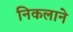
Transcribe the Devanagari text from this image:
निकलाने